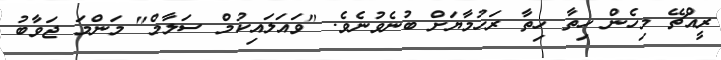
ރީއްޗޭ މިހެން ހިތާ ހިތާ ރަހުމާޔަށް ބުނެވުނެވެ. "ވައަލައިކުމް ސަލާމް" މަންމަ ޖަވާބު